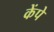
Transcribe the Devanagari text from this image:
केंपे